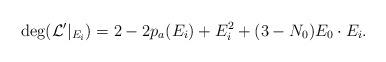
LaTeX: \begin{align*} \mathrm{deg}(\mathcal{L}'|_{E_i})=2-2p_a(E_i)+E_i^2+(3-N_0)E_0\cdot E_i. \end{align*}